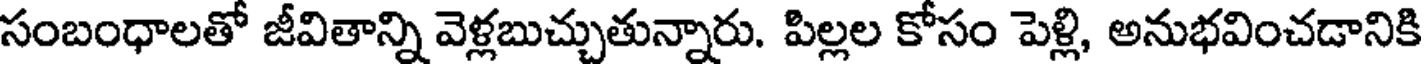
సంబంధాలతో జీవితాన్ని వెళ్లబుచ్చుతున్నారు. పిల్లల కోసం పెళ్లి, అనుభవించడానికి